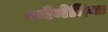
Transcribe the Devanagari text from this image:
कोमेदिया